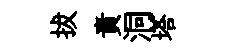
拔責洞塔